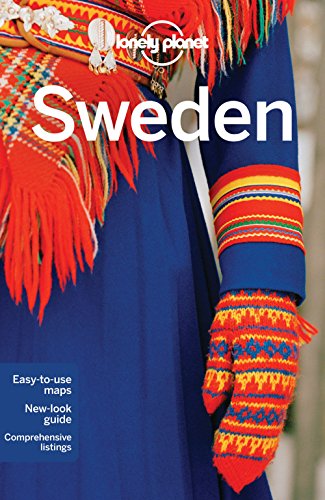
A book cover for Lonely Planet Sweden (Travel Guide); Lonely Planet; Travel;